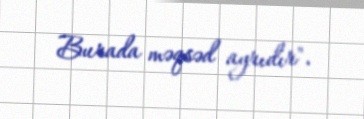
Burada məqsəd ayrıdır".